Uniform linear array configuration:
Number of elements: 4
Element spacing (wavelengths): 0.75
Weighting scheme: exponential
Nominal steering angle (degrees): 0
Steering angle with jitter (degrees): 0.9907
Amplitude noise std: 0.05
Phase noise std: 0.05

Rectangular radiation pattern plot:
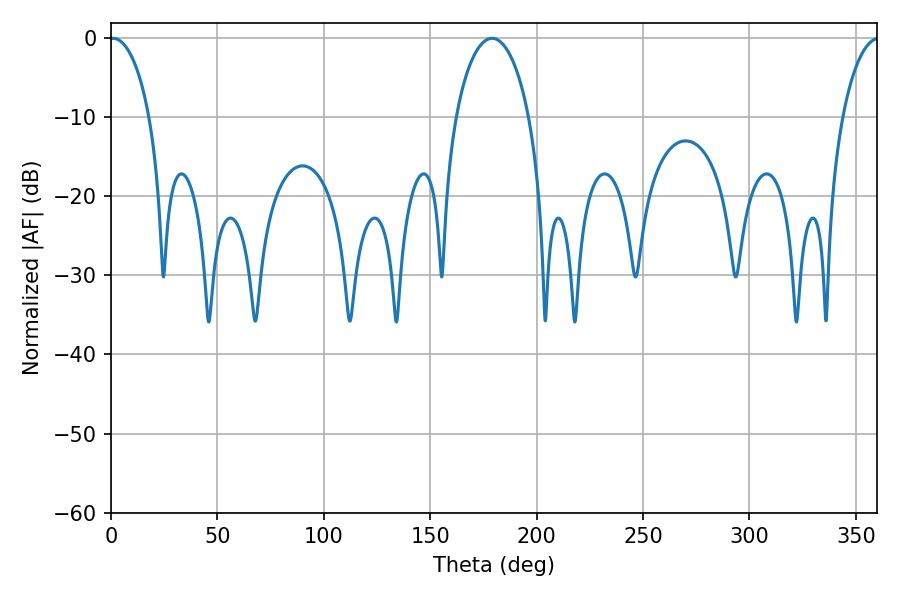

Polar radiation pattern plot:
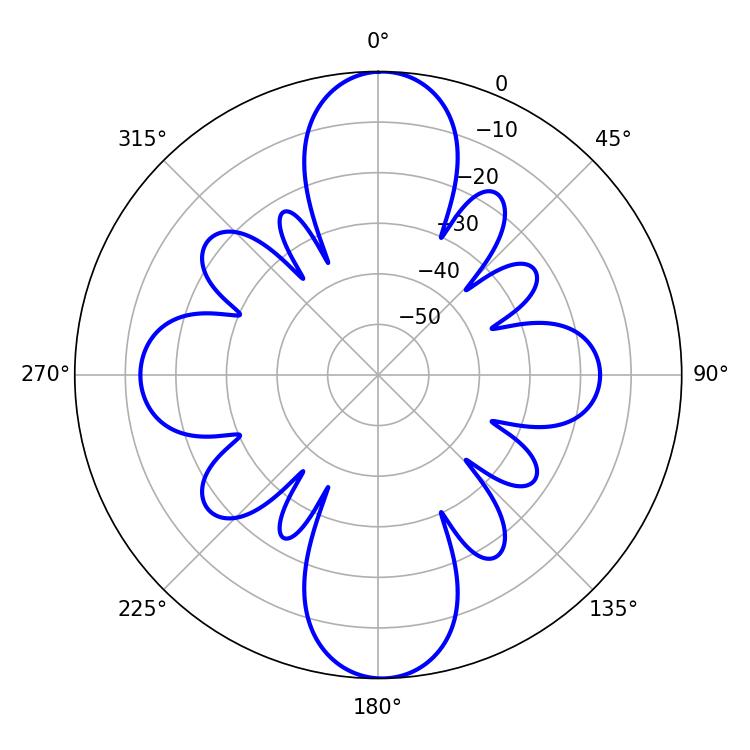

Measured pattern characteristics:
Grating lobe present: TRUE
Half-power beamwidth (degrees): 10.8
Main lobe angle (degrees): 0.9